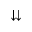
\downdownarrows